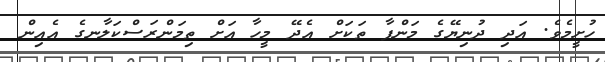
ހުށީމެވެ. އަދި ދުނިޔޭގެ މަންފާ ތަކަށް އެދޭ މީހާ އަށް ތިމަންރަސްކަލާނގެ އެއިން